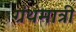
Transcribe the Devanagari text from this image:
ग्रंथमात्री